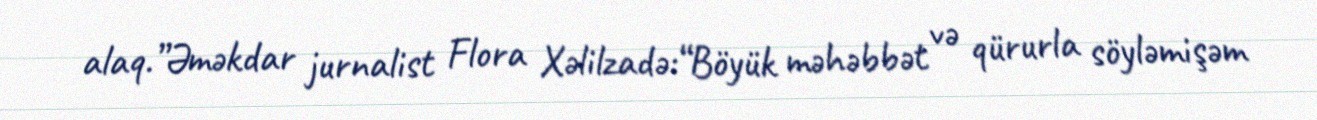
alaq.”Əməkdar jurnalist Flora Xəlilzadə:“Böyük məhəbbət və qürurla söyləmişəm